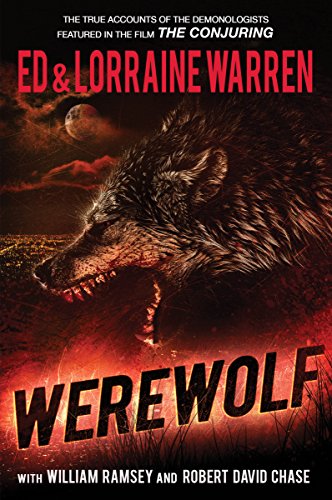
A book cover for Werewolf: A True Story of Demonic Possession; Ed Warren; Religion & Spirituality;